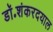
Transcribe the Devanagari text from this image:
डॉ॰शंकरदयाल